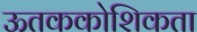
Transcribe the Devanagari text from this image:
ऊतककोशिकता